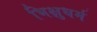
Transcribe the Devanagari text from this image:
भिक्षुधर्म